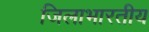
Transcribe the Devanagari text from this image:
जिलाभारतीय